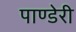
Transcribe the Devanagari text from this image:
पाण्डेरी